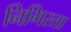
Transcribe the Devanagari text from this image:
निगिस्ता